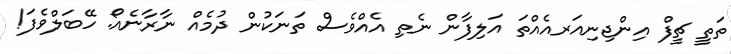
ތަތީ ޗީފް އިންޖިނިއަރއެއްތަ އަލިފާން ނެތި އެއްވެސް ތަނަކުން ދުމެއް ނާރާނެއޯ. ހޭބަލްވެފަ!